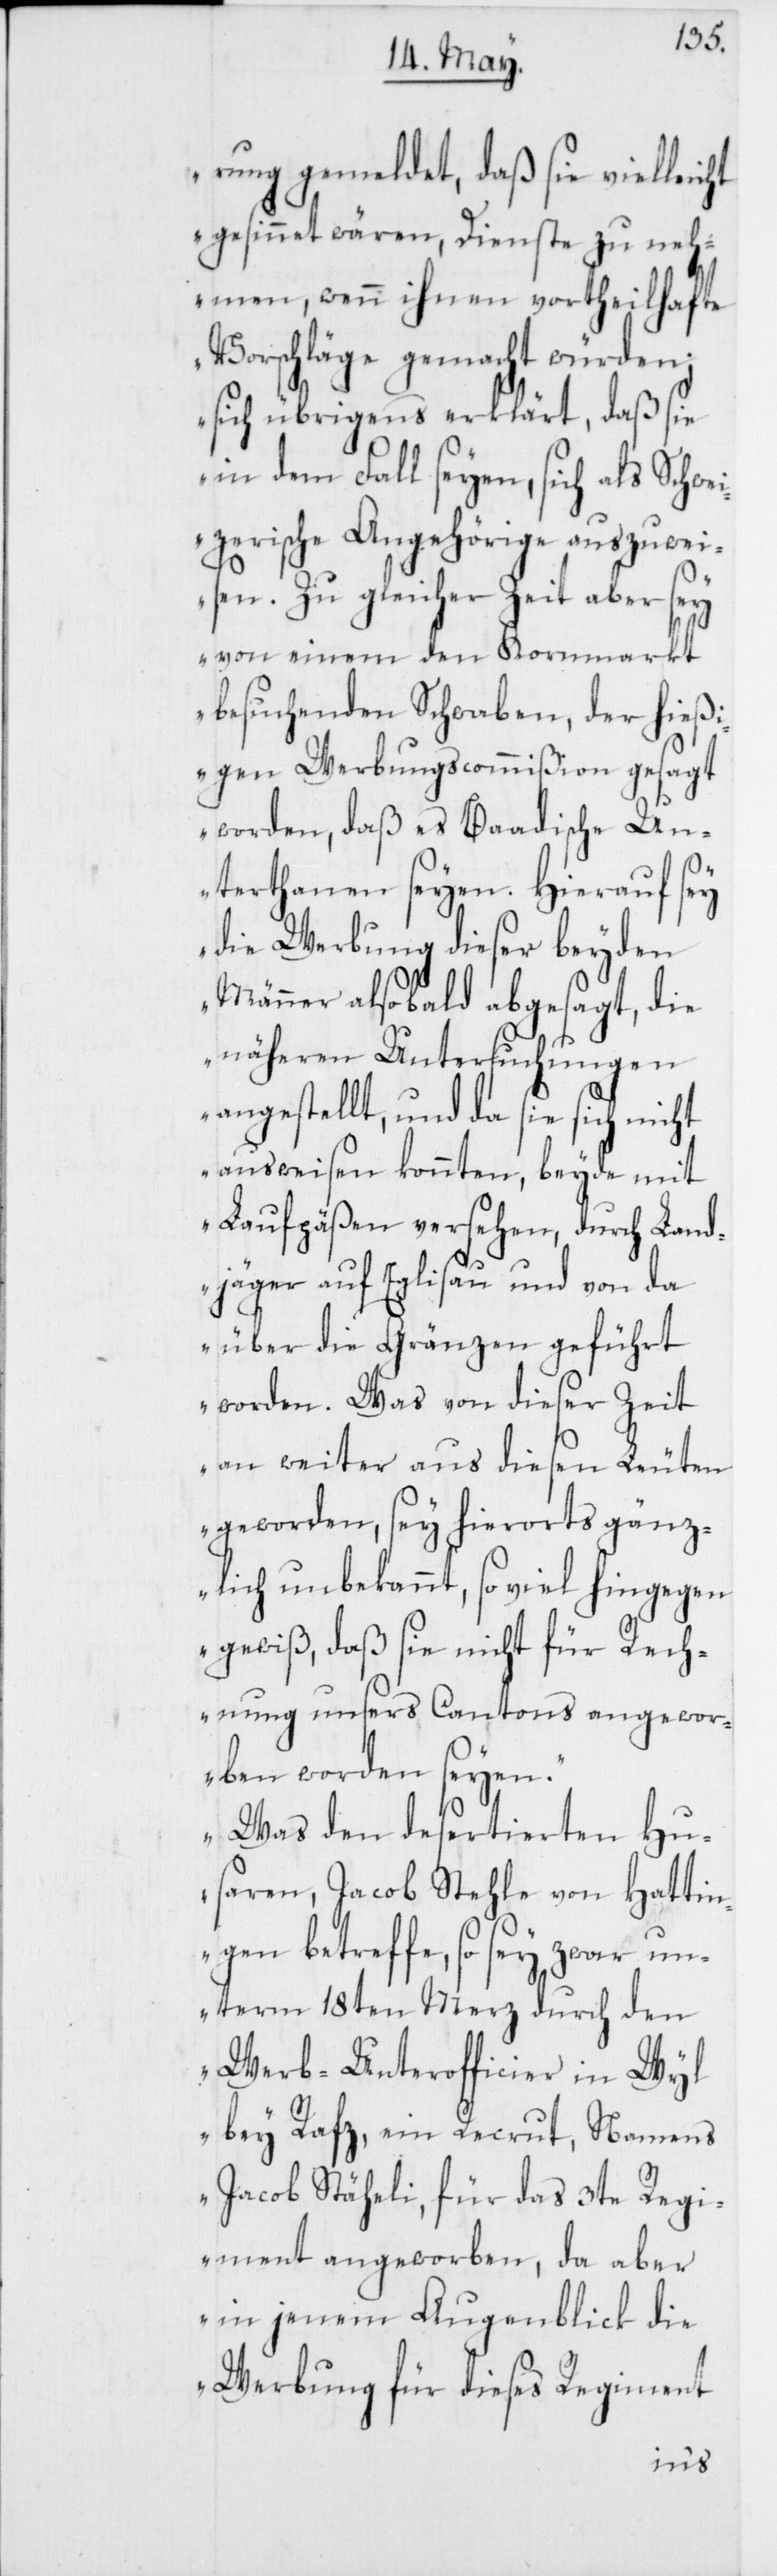
rung gemeldet, daß sie vielleicht
gesinnet wären, Dienste zu neh¬
men, wenn ihnen vortheilhafte
Vorschläge gemacht würden;
sich übrigens erklärt, daß sie
in dem Fall seyen, sich als Schwe¬
izerische Angehörige auszuwei¬
sen. Zu gleicher Zeit aber sey
von einem den Kornmarkt
besuchenden Schwaben, der hießi¬
gen Werbungscommißion gesagt
worden, daß es Baadische Un¬
terthanen seyen. Hierauf sey
die Werbung dieser beyden
Männer alsobald abgesagt, die
näheren Untersuchungen
angestellt, und da sie sich nicht
ausweisen konnten, beyde mit
Laufpäßen versehen, durch Land¬
jäger auf Eglisau und von da
über die Gränzen geführt
worden. Was von dieser Zeit
an weiter aus diesen Leuten
geworden, sey hierorts gänz¬
lich unbekannt, so viel hingegen
gewiß, daß sie nicht für Rech¬
nung unseres Cantons angewor¬
ben worden seyen.
Was den desertierten Hu¬
saren, Jacob Stehle von Hattin¬
gen betreffe, so sey zwar un¬
term 18ten Merz durch den
Werb-Unterofficier in Wyl
bey Rafz, ein Recrut, Namens
Jacob Stäheli, für das 3te Regi¬
ment angeworben, da aber
in jenem Augenblick die
Werbung für dieses Regiment